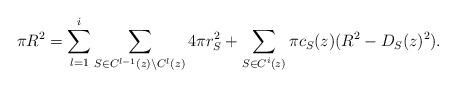
LaTeX: \begin{align*} \pi R^{2} = \sum_{l=1}^{i} \sum_{S \in C^{l-1}(z) \backslash C^{l}(z)} 4\pi r_{S}^2 + \sum_{S \in C^{i}(z)} \pi c_S(z) (R^2 - D_S(z)^2).\end{align*}